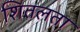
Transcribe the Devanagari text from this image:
शितलता